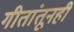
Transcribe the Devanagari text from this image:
गीतांतूनही